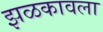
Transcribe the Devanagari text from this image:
झळकावला